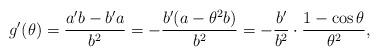
LaTeX: \begin{align*}g'(\theta)=\frac{a'b-b'a}{b^2} =-\frac{b'(a-\theta^2b)}{b^2} =-\frac{b'}{b^2}\cdot \frac{1-\cos \theta}{\theta^2},\end{align*}